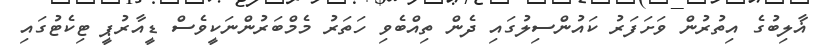
ޣާލިބުގެ އިތުރުން ވަށަފަރު ކައުންސިލުގައި ދެން ތިއްބެވި ހަތަރު މެމްބަރުންނަކީވެސް ޑީއާރުޕީ ޓިކެޓުގައި